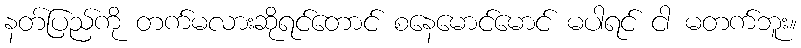
နတ်ပြည်ကို တက်မလားဆိုရင်တောင် စနေမောင်မောင် မပါရင် ငါ မတက်ဘူး။